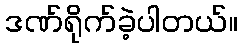
ဒဏ်ရိုက်ခဲ့ပါတယ်။